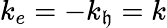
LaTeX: k_{e}=-k_{\mathfrak{h}}=k